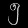
Digit: ၅